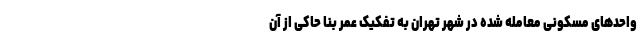
واحد‌های مسکونی معامله شده در شهر تهران به تفکیک عمر بنا حاکی از آن